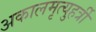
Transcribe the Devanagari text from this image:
अकालमृत्युहर्त्री